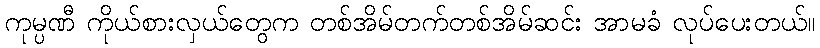
ကုမ္ပဏီ ကိုယ်စားလှယ်တွေက တစ်အိမ်တက်တစ်အိမ်ဆင်း အာမခံ လုပ်ပေးတယ်။